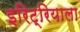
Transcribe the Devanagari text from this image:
इरिट्रियाला